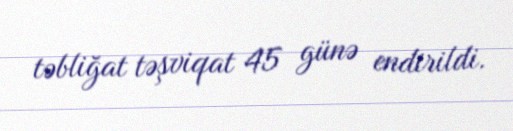
təbliğat təşviqat 45 günə endirildi.